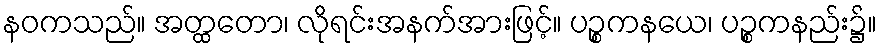
နဝကသည်။ အတ္ထတော၊ လိုရင်းအနက်အားဖြင့်။ ပဉ္စကနယေ၊ ပဉ္စကနည်း၌။